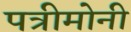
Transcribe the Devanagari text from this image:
पत्रीमोनी